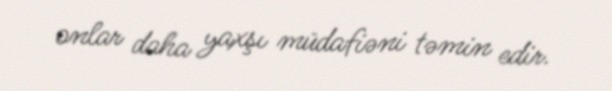
onlar daha yaxşı müdafiəni təmin edir.